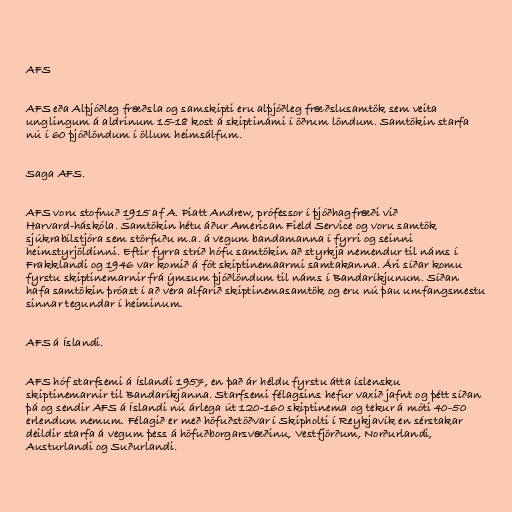
AFS

AFS eða Alþjóðleg fræðsla og samskipti eru alþjóðleg fræðslusamtök sem veita
unglingum á aldrinum 15-18 kost á skiptinámi í öðrum löndum. Samtökin starfa
nú í 60 þjóðlöndum í öllum heimsálfum.

Saga AFS.

AFS voru stofnuð 1915 af A. Piatt Andrew, prófessor í þjóðhagfræði við
Harvard-háskóla. Samtökin hétu áður American Field Service og voru samtök
sjúkrabílstjóra sem störfuðu m.a. á vegum bandamanna í fyrri og seinni
heimstyrjöldinni. Eftir fyrra stríð hófu samtökin að styrkja nemendur til náms í
Frakklandi og 1946 var komið á fót skiptinemaarmi samtakanna. Ári síðar komu
fyrstu skiptinemarnir frá ýmsum þjóðlöndum til náms í Bandaríkjunum. Síðan
hafa samtökin þróast í að vera alfarið skiptinemasamtök og eru nú þau umfangsmestu
sinnar tegundar í heiminum.

AFS á Íslandi.

AFS hóf starfsemi á Íslandi 1957, en það ár héldu fyrstu átta íslensku
skiptinemarnir til Bandaríkjanna. Starfsemi félagsins hefur vaxið jafnt og þétt síðan
þá og sendir AFS á Íslandi nú árlega út 120-160 skiptinema og tekur á móti 40-50
erlendum nemum. Félagið er með höfuðstöðvar í Skipholti í Reykjavík en sérstakar
deildir starfa á vegum þess á höfuðborgarsvæðinu, Vestfjörðum, Norðurlandi,
Austurlandi og Suðurlandi.